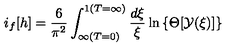
i _ { f } [ h ] = \frac { 6 } { \pi ^ { 2 } } \int _ { \infty ( T = 0 ) } ^ { 1 ( T = \infty ) } \frac { d \xi } { \xi } \ln \left\{ \Theta [ \cal { Y } ( \xi ) ] \right\}